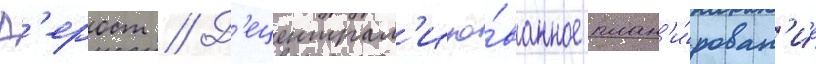
Д'ерост // Д'ецентрал'изо́ванное план'и́рован'ие